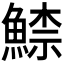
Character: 𩹟